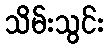
သိမ်းသွင်း